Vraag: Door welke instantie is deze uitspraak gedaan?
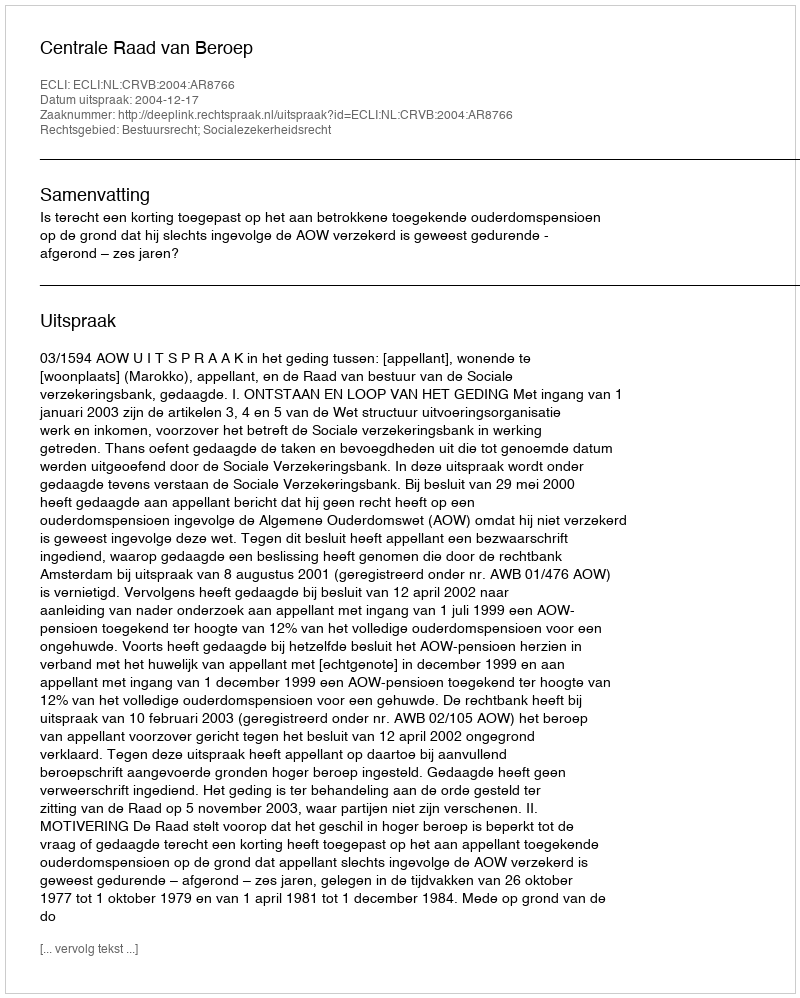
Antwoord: Centrale Raad van Beroep